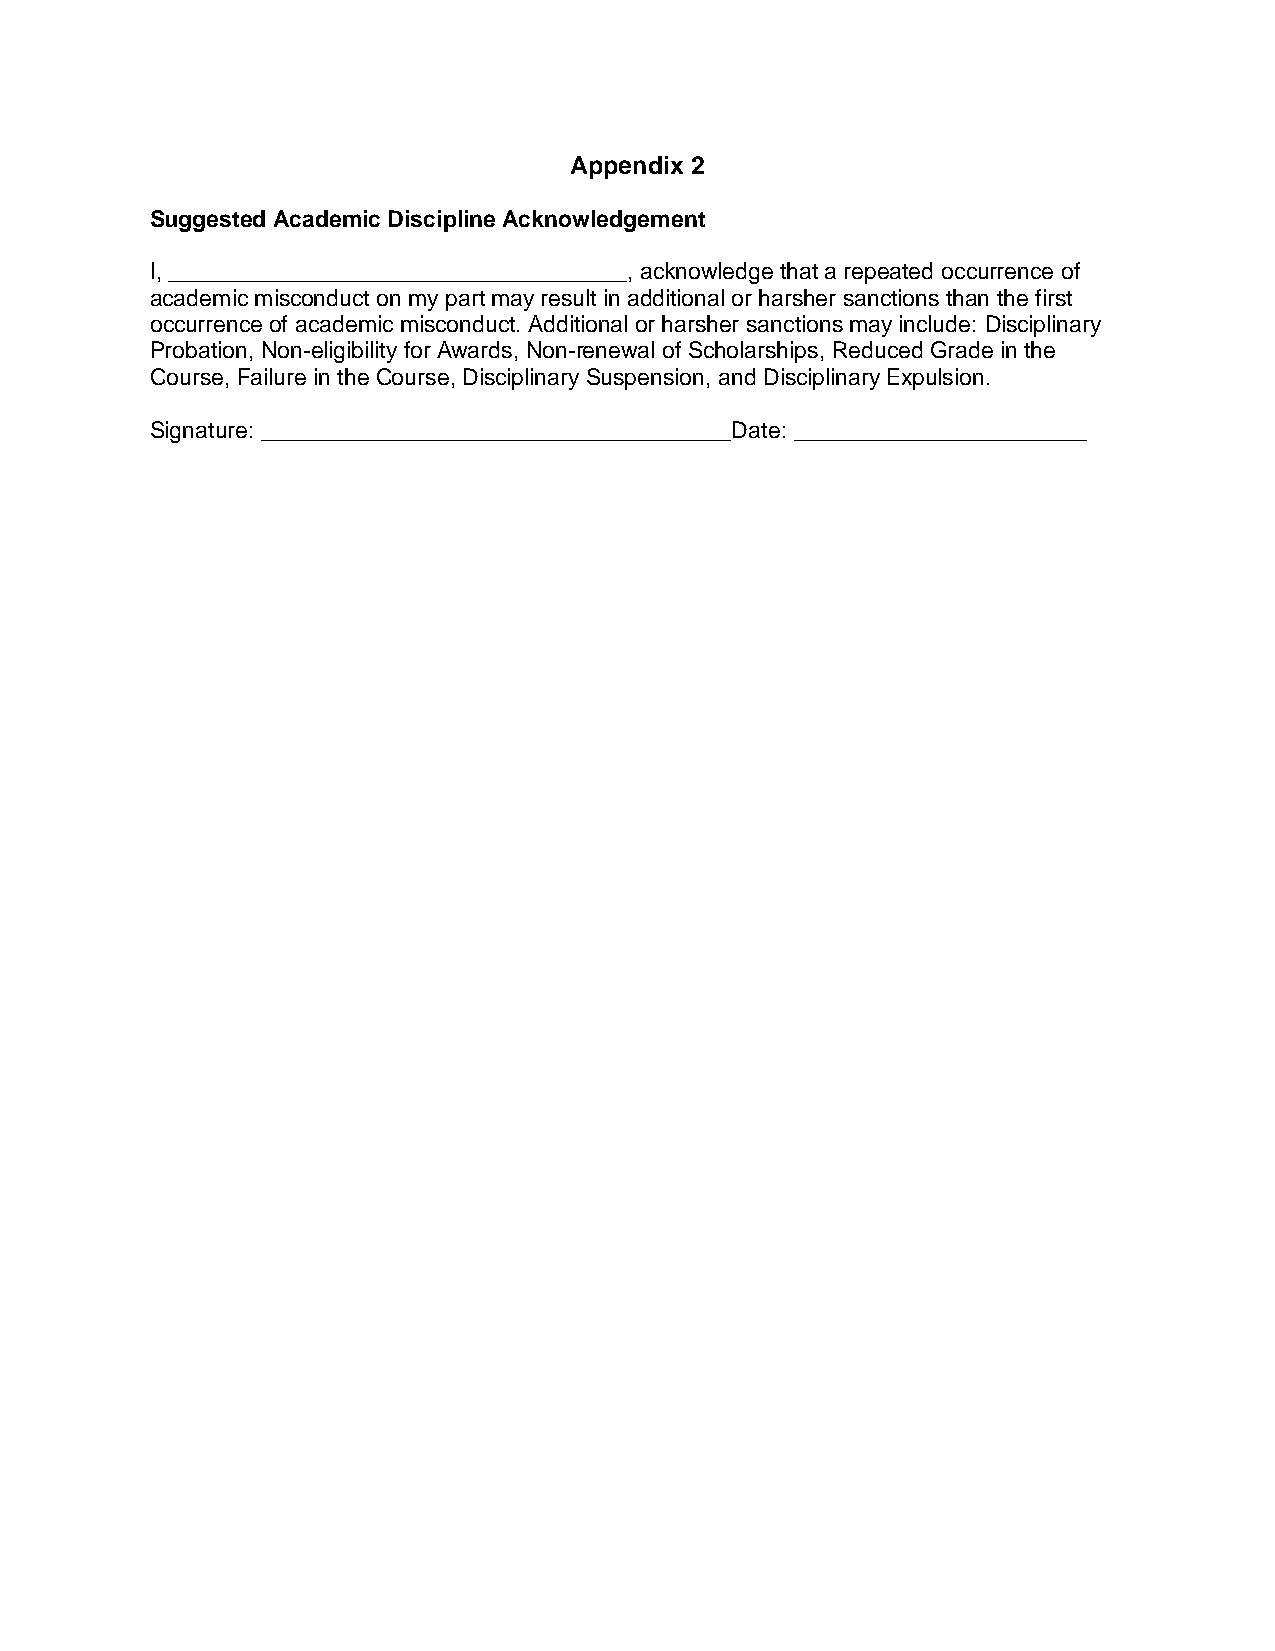
Appendix 2
 Suggested Academic Discipline Acknowledgement
 I, ____________________________________, acknowledge that a repeated occurrence of
 academic misconduct on my part may result in additional or harsher sanctions than the first
 occurrence of academic misconduct. Additional or harsher sanctions may include: Disciplinary
 Probation, Non-eligibility for Awards, Non-renewal of Scholarships, Reduced Grade in the
 Course, Failure in the Course, Disciplinary Suspension, and Disciplinary Expulsion.
 Signature: _____________________________________Date: _______________________